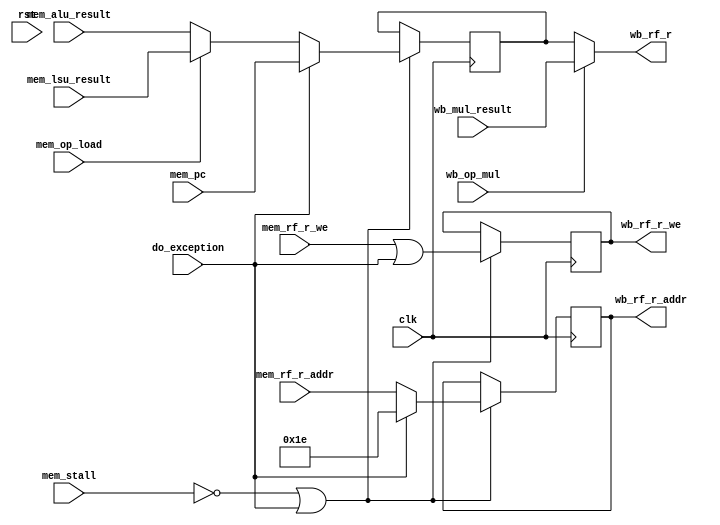
/*
 * Copyright (c) 2014, Stefan Kristiansson <stefan.kristiansson@saunalahti.fi>
 * All rights reserved.
 *
 * Redistribution and use in source and non-source forms, with or without
 * modification, are permitted provided that the following conditions are met:
 *     * Redistributions of source code must retain the above copyright
 *       notice, this list of conditions and the following disclaimer.
 *     * Redistributions in non-source form must reproduce the above copyright
 *       notice, this list of conditions and the following disclaimer in the
 *       documentation and/or other materials provided with the distribution.
 *
 * THIS WORK IS PROVIDED BY THE COPYRIGHT HOLDERS AND CONTRIBUTORS "AS IS"
 * AND ANY EXPRESS OR IMPLIED WARRANTIES, INCLUDING, BUT NOT LIMITED TO,
 * THE IMPLIED WARRANTIES OF MERCHANTABILITY AND FITNESS FOR A PARTICULAR
 * PURPOSE ARE DISCLAIMED. IN NO EVENT SHALL THE COPYRIGHT HOLDER OR
 * CONTRIBUTORS BE LIABLE FOR ANY DIRECT, INDIRECT, INCIDENTAL, SPECIAL,
 * EXEMPLARY, OR CONSEQUENTIAL DAMAGES (INCLUDING, BUT NOT LIMITED TO,
 * PROCUREMENT OF SUBSTITUTE GOODS OR SERVICES;
 * LOSS OF USE, DATA, OR PROFITS; OR BUSINESS INTERRUPTION) HOWEVER CAUSED AND
 * ON ANY THEORY OF LIABILITY, WHETHER IN CONTRACT, STRICT LIABILITY, OR TORT
 * (INCLUDING NEGLIGENCE OR OTHERWISE) ARISING IN ANY WAY OUT OF THE USE OF THIS
 * WORK, EVEN IF ADVISED OF THE POSSIBILITY OF SUCH DAMAGE.
 */

module eco32f_writeback (
	input 		 rst,
	input 		 clk,

	input 		 do_exception,

	input 		 mem_stall,
	input [31:0] 	 mem_pc,
	input [31:0] 	 mem_alu_result,
	input [31:0] 	 mem_lsu_result,
	input 		 mem_rf_r_we,
	input [4:0] 	 mem_rf_r_addr,

	input 		 mem_op_load,

	input 		 wb_op_mul,
	input [31:0] 	 wb_mul_result,

	output [31:0] 	 wb_rf_r,
	output reg 	 wb_rf_r_we,
	output reg [4:0] wb_rf_r_addr
);

reg [31:0]	wb_result;

always @(posedge clk)
	if (!mem_stall | do_exception) begin
		if (do_exception)
			wb_result <= mem_pc;
		else if (mem_op_load)
			wb_result <= mem_lsu_result;
		else
			wb_result <= mem_alu_result;

		if (do_exception)
			wb_rf_r_addr <= 5'd30;
		else
			wb_rf_r_addr <= mem_rf_r_addr;

		wb_rf_r_we <= mem_rf_r_we | do_exception;
	end

assign wb_rf_r = wb_op_mul ? wb_mul_result : wb_result;

endmodule